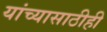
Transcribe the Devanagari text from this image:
यांच्यासाठीही